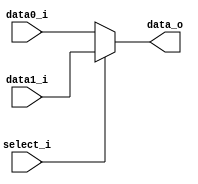
//Subject:     CO project 2 - MUX 221
//--------------------------------------------------------------------------------
//Version:     1
//--------------------------------------------------------------------------------
//Writer:      Luke
//----------------------------------------------
//Date:        
//----------------------------------------------
//Description: 
//--------------------------------------------------------------------------------
`timescale 1ns/1ps
module MUX_2to1(
               data0_i,
               data1_i,
               select_i,
               data_o
               );

parameter size = 0;			   
			
//I/O ports               
input   [size-1:0] data0_i;          
input   [size-1:0] data1_i;
input              select_i;
output  [size-1:0] data_o; 

//Internal Signals
//reg     [size-1:0] data_o;

//Main function
assign data_o=(select_i==1'b0)?data0_i:data1_i;

endmodule